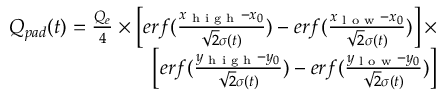
\begin{array} { r } { Q _ { p a d } ( t ) = \frac { Q _ { e } } { 4 } \times \left[ e r f ( \frac { x _ { \textup { h i g h } } - x _ { 0 } } { \sqrt { 2 } \sigma ( t ) } ) - e r f ( \frac { x _ { \textup { l o w } } - x _ { 0 } } { \sqrt { 2 } \sigma ( t ) } ) \right] \times } \\ { \left[ e r f ( \frac { y _ { \textup { h i g h } } - y _ { 0 } } { \sqrt { 2 } \sigma ( t ) } ) - e r f ( \frac { y _ { \textup { l o w } } - y _ { 0 } } { \sqrt { 2 } \sigma ( t ) } ) \right] } \end{array}